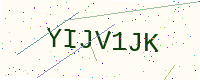
Text: YIJV1JK